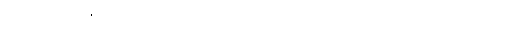
အသပ္ပုရိသတို့၏ ပြောဆို လုပ်ကိုင် ကြံစည် ဒါနပြုပုံ အမြင် အပြည့်အစုံဟောထားသော